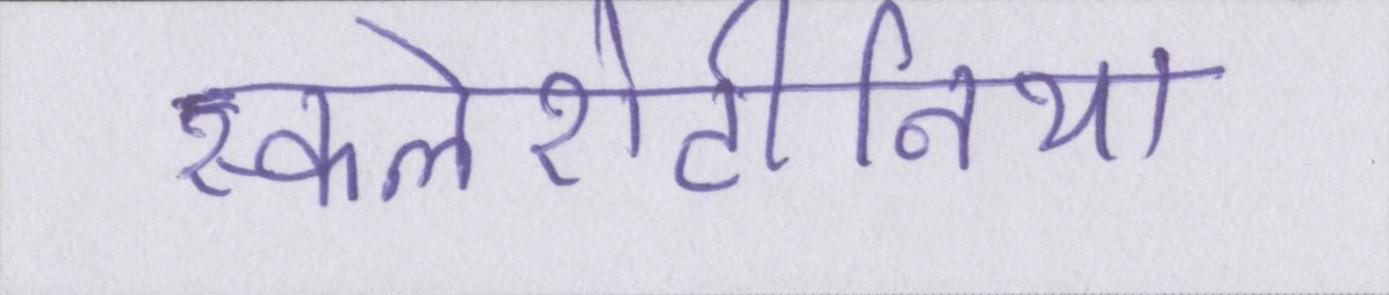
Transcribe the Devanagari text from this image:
स्कलेरोटीनिया